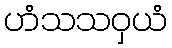
ဟံသသဝှယံ